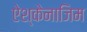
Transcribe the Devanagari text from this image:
ऐश्केनाजिम